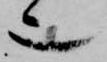
也